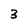
Character: 3